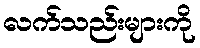
လက်သည်းများကို